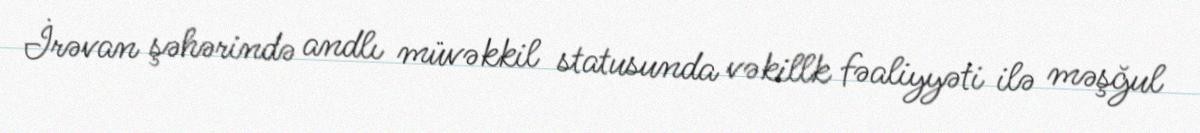
İrəvan şəhərində andlı müvəkkil statusunda vəkillk fəaliyyəti ilə məşğul